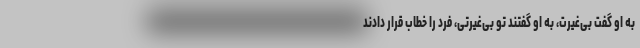
به او گفت بی‌غیرت، به او گفتند تو بی‌غیرتی، فرد را خطاب قرار دادند